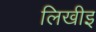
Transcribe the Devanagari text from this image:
लिखीइ